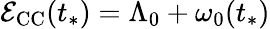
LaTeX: \mathcal{E}_{\mathrm{CC}}(t_{*})=\Lambda_{0}+\omega_{0}(t_{*})